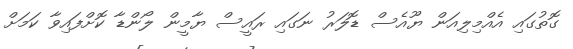
ގޮތުގައި އެއްމިލިއަން ޔޫއެސް ޑޮލަރު ނަގައި ރައީސް ޔާމީން ލޯންޑާ ކޮށްފައިވާ ކަމަށް